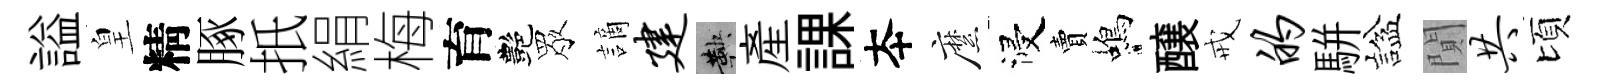
謚皇精䐁扺絹梅育艷眾謫建鞅産課夲縻浸賣蝎醸戒的駢諡閴共頃